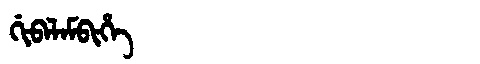
Manchu: ᡤᡳᠪᠠᠯᠠᠮᠪᡳᡥᡝ
Romanization: GIBALAMBIHE